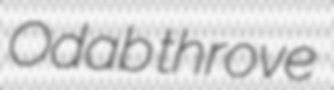
Odab throve